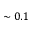
\sim 0 . 1